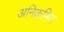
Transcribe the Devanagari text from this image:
अनिक्रमित